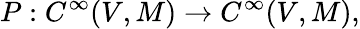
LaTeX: P:C^{\infty}(V,M)\rightarrow C^{\infty}(V,M),